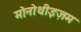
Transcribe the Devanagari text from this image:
मोनोथीइज़म